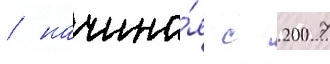
/ начина́я с 2007